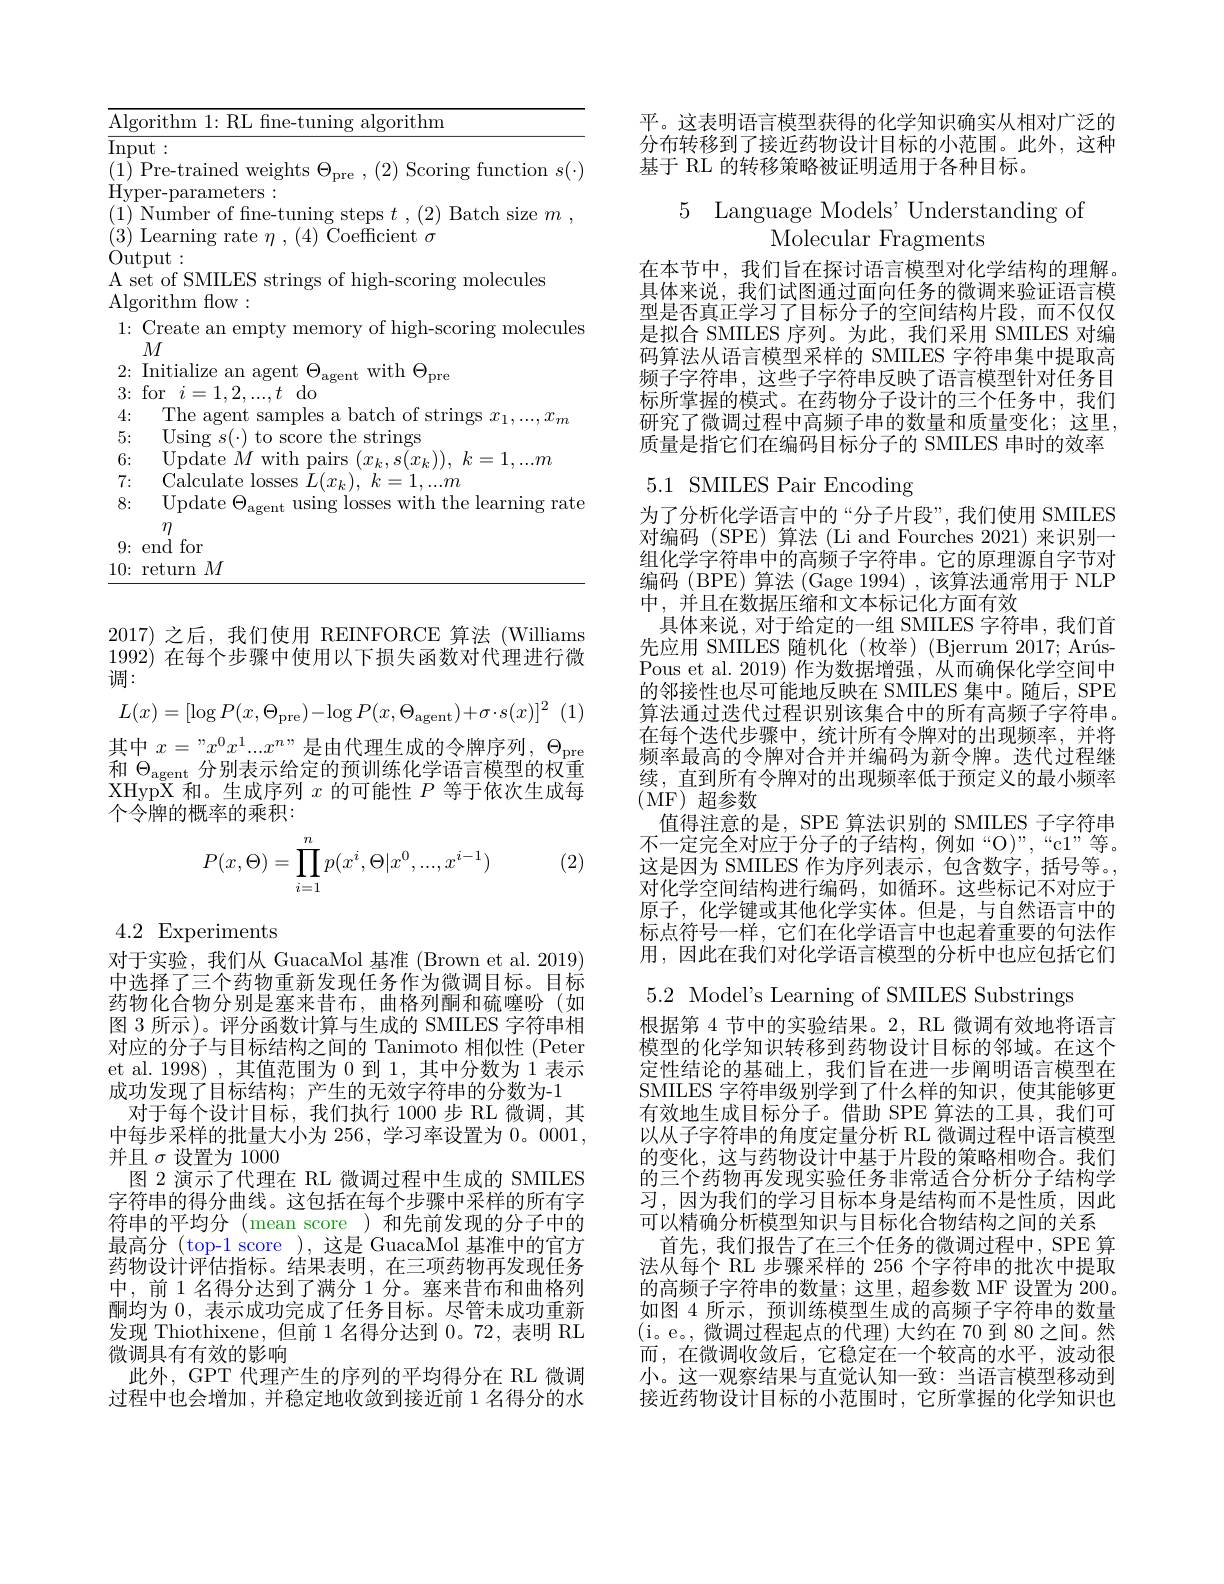
<table>
	<tbody>
		<tr>
			<td>$\mathrm{Al}_{\xi}$ 1 1 1 1</td>
			<td>${\mathrm{-ithr}}$ RI $\operatorname{lgorithm}$ , 11mm</td>
		</tr>
		<tr>
			<td>$Hy$ 1</td>
			<td>per-parameters: Number of fne-tuning steps $t$ ,(2) Batch size $m$ , Learning rate $\eta,(4)$ Coefficient $\sigma$</td>
		</tr>
		<tr>
			<td>$1u$ A</td>
			<td>tput</td>
		</tr>
		<tr>
			<td>$\delta$ 1</td>
			<td>11 00</td>
		</tr>
		<tr>
			<td>4: I</td>
			<td>he $d$ $.\Psi$ sample S a $12a$ 1.1.10 $1\cdots$, $^{\prime}\boldsymbol{r}n$</td>
		</tr>
		<tr>
			<td>0 n</td>
			<td>S $L0$ SC</td>
		</tr>
		<tr>
			<td>$\mathbf{t}$</td>
			<td>WLUI Jall ${:}L_{k}$, $S(x_{k})$</td>
		</tr>
		<tr>
			<td>T 1</td>
			<td> </td>
		</tr>
	</tbody>
</table>

2017)之后，我们使用 REINFORCE 算法 (Williams 1992) 在每个步骤中使用以下损失函数对代理进行微调：
$$L(x)=[\log P(x,\Theta_{\mathrm{pre}})-\log P(x,\Theta_{\mathrm{agent}})+\sigma\cdot s(x)]^{2}$$
其中 $x=$”$x^0x^1...x^n$”是由代理生成的令牌序列$,\Theta_\mathrm{pre}$ 和$\Theta_\mathrm{agent}$分别表示给定的预训练化学语言模型的权重XHypX 和。生成序列$x$的可能性$P$等于依次生成每个令牌的概率的乘积：

(2)
$$\begin{aligned}P(x,\Theta)=\prod_{i=1}^np(x^i,\Theta|x^0,...,x^{i-1})\end{aligned}$$
# 4.2 Experiments

对于实验，我们从 GuacaMol 基准 (Brown et al. 2019) 中选择了三个药物重新发现任务作为微调目标。目标药物化合物分别是塞来昔布，曲格列酮和硫噻吩(如图 3 所示)。评分函数计算与生成的 SMILES 字符串相对应的分子与目标结构之间的 Tanimoto 相似性(Peter et al. 1998), 其值范围为0到 1,其中分数为 1 表示成功发现了目标结构；产生的无效字符串的分数为-1
对于每个设计目标，我们执行 1000 步 RL 微调，其中每步采样的批量大小为 256, 学习率设置为0。0001, 并且$\sigma$设置为 1000
图 2 演示了代理在 RL 微调过程中生成的 SMILES 字符串的得分曲线。这包括在每个步骤中采样的所有字符串的平均分 (mean score )和先前发现的分子中的最高分 (top-1 score ), 这是 GuacaMol 基准中的官方药物设计评估指标。结果表明，在三项药物再发现任务中，前 1 名得分达到了满分 1 分。塞来昔布和曲格列酮均为 0, 表示成功完成了任务目标。尽管未成功重新发现 Thiothixene, 但前 1 名得分达到 0。72, 表明 RL 微调具有有效的影响
此外，GPT 代理产生的序列的平均得分在 RL 微调过程中也会增加，并稳定地收敛到接近前 1 名得分的水

平。这表明语言模型获得的化学知识确实从相对广泛的分布转移到了接近药物设计目标的小范围。此外，这种基于 RL 的转移策略被证明适用于各种目标。

5 Language Models' Understanding of
Molecular Fragments

在本节中，我们旨在探讨语言模型对化学结构的理解。具体来说，我们试图通过面向任务的微调来验证语言模型是否真正学习了目标分子的空间结构片段，而不仅仅是拟合 SMILES 序列。为此，我们采用 SMILES 对编码算法从语言模型采样的 SMILES 字符串集中提取高频子字符串，这些子字符串反映了语言模型针对任务目标所掌握的模式。在药物分子设计的三个任务中，我们研究了微调过程中高频子串的数量和质量变化；这里， 质量是指它们在编码目标分子的 SMILES 串时的效率

# 5.1 SMILES Pair Encoding

为了分析化学语言中的“分子片段”,我们使用 SMILES 对编码 (SPE) 算法 (Li and Fourches 2021) 来识别一组化学字符串中的高频子字符串。它的原理源自字节对编码(BPE)算法(Gage 1994),该算法通常用于 NLP 中，并且在数据压缩和文本标记化方面有效
具体来说，对于给定的一组 SMILES 字符串，我们首先应用 SMILES 随机化(枚举)(Bjerrum2017; ArúsPous et al. 2019) 作为数据增强，从而确保化学空间中的邻接性也尽可能地反映在 SMILES 集中。随后，SPE 算法通过迭代过程识别该集合中的所有高频子字符串。在每个迭代步骤中，统计所有令牌对的出现频率，并将频率最高的令牌对合并并编码为新令牌。迭代过程继续，直到所有令牌对的出现频率低于预定义的最小频率(MF)超参数
值得注意的是，SPE 算法识别的 SMILES 子字符串不一定完全对应于分子的子结构，例如“O)”,“c1”等。这是因为 SMILES 作为序列表示，包含数字，括号等。, 对化学空间结构进行编码，如循环。这些标记不对应于原子，化学键或其他化学实体。但是，与自然语言中的标点符号一样，它们在化学语言中也起着重要的句法作用 ,因此在我们对化学语言模型的分析中也应包括它们

5.2 Model's Learning of SMILES Substrings

根据第 4 节中的实验结果。2, RL 微调有效地将语言模型的化学知识转移到药物设计目标的邻域。在这个定性结论的基础上，我们旨在进一步阐明语言模型在SMILES 字符串级别学到了什么样的知识，使其能够更有效地生成目标分子。借助 SPE 算法的工具，我们可以从子字符串的角度定量分析 RL 微调过程中语言模型的变化，这与药物设计中基于片段的策略相吻合。我们的三个药物再发现实验任务非常适合分析分子结构学习，因为我们的学习目标本身是结构而不是性质，因此可以精确分析模型知识与目标化合物结构之间的关系
首先，我们报告了在三个任务的微调过程中，SPE 算法从每个 RL 步骤采样的 256 个字符串的批次中提取的高频子字符串的数量；这里，超参数 MF 设置为 200。如图 4 所示，预训练模型生成的高频子字符串的数量(i。e。,微调过程起点的代理)大约在 70 到 80 之间。然而，在微调收敛后，它稳定在一个较高的水平，波动很小。这一观察结果与直觉认知一致：当语言模型移动到接近药物设计目标的小范围时，它所掌握的化学知识也